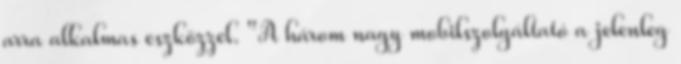
arra alkalmas eszközzel. "A három nagy mobilszolgáltató a jelenleg